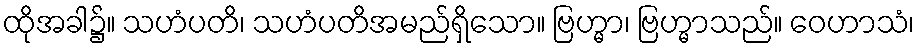
ထိုအခါ၌။ သဟံပတိ၊ သဟံပတိအမည်ရှိသော။ ဗြဟ္မာ၊ ဗြဟ္မာသည်။ ဝေဟာသံ၊